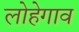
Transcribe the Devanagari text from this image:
लोहेगाव